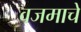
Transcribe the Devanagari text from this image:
वजमाचे